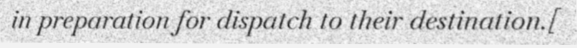
in preparation for dispatch to their destination.[